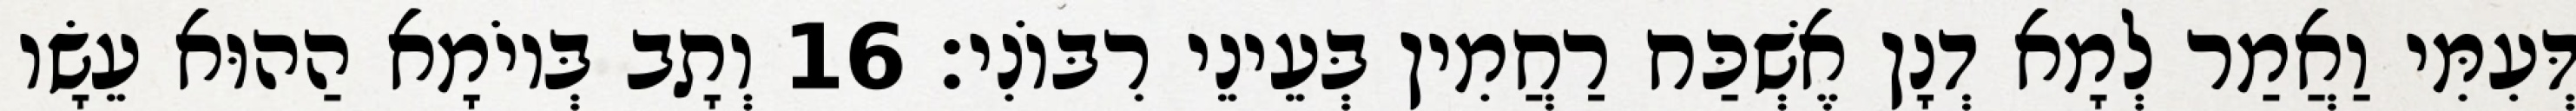
דְּעִמִּי וַאֲמַר לְמָא דְנָן אֶשְׁכַּח רַחֲמִין בְּעֵינֵי רִבּוֹנִי׃ 16 וְתָב בְּיוֹמָא הַהוּא עֵשָׂו